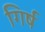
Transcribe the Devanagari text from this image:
गिर्ष